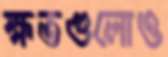
ক্ষতগুলোও